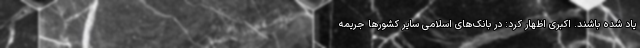
یاد شده باشند. اکبری اظهار کرد: در بانک‌های اسلامی سایر کشورها جریمه